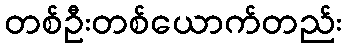
တစ်ဦးတစ်ယောက်တည်း